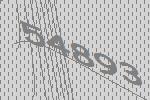
54893